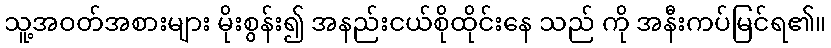
သူ့အဝတ်အစားများ မိုးစွန်း၍ အနည်းငယ်စိုထိုင်းနေ သည် ကို အနီးကပ်မြင်ရ၏။